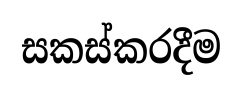
සකස්කරදීම